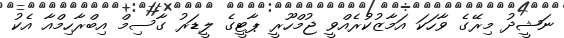
ނަޝީދު މިރޭގެ ވާހަކަ އަމާޒުކުރެއްވީ ޖުމްހޫރީ ޕާޓީގެ ލީޑަރު ގާސިމް އިބްރާހިމްއާ އެކު